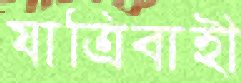
যাত্রিবাহী